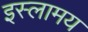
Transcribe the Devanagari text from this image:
इस्लामय